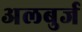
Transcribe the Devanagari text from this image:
अलबुर्ज